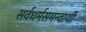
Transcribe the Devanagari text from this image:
सर्वधर्मसमन्‍वायी